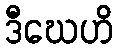
ဒီဃေဟိ